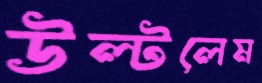
উল্‌টলেম